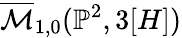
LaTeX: {\overline{{\mathcal{M}}}}_{1,0}(\mathbb{P}^{2},3[H])